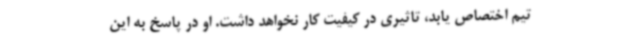
تیم اختصاص یابد، تاثیری در کیفیت کار نخواهد داشت. او در پاسخ به این